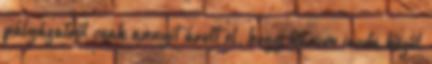
pályázatról csak annyit árult el, hogy három iroda közül